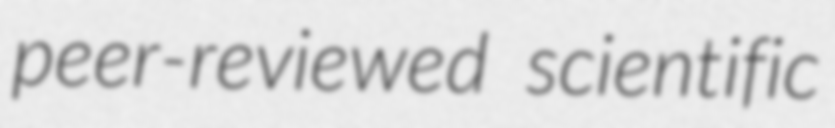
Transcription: peer-reviewed scientific